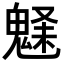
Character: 𩳗